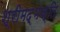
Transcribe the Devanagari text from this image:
श्रीमद्भक्ति